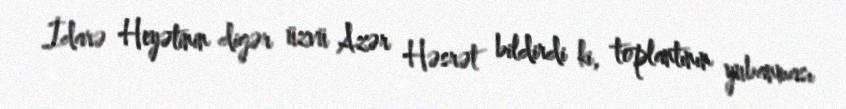
İdarə Heyətinin digər üzvü Azər Həsrət bildirdi ki, toplantının yubanması